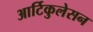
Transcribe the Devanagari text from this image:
आर्टिकुलेसन